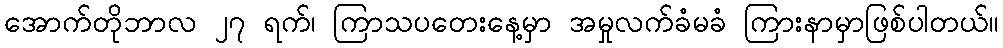
အောက်တိုဘာလ ၂၇ ရက်၊ ကြာသပတေးနေ့မှာ အမှုလက်ခံမခံ ကြားနာမှာဖြစ်ပါတယ်။